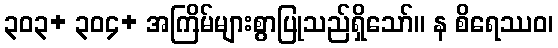
၃၀၃+ ၃၀၄+ အကြိမ်များစွာပြုသည်ရှိသော်။ န စိရေဿဝ၊